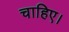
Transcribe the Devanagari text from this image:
चाहिए।